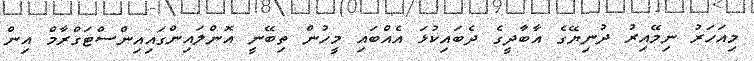
މިއަހަރު ނިމޭއިރު ދުނިޔޭގެ އާބާދީގެ ދެބައިކުޅަ އެއްބައި މީހުން ތިބޭނީ އޮންލައިންގައިއިންސްޓަގްރާމް އިން